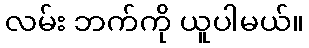
လမ်း ဘက်ကို ယူပါမယ်။